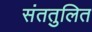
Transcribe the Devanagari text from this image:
संततुलित